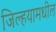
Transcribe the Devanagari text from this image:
जिल्हयामधील